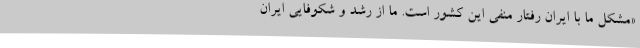
«مشکل ما با ایران رفتار منفی این کشور است. ما از رشد و شکوفایی ایران